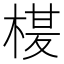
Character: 𭪶